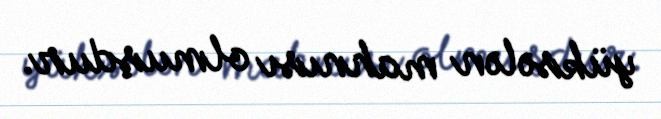
yüksələn mahnısı olmuşdur.